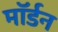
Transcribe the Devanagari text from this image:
माॅर्डन